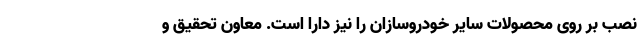
نصب بر روی محصولات سایر خودروسازان را نیز دارا است. معاون تحقیق و